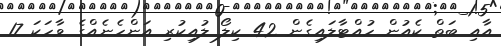
އާއި ބަތް ކެއުން ހުއްޓާލައިގެން 42 ކިލޯ ލުއިކުރި އަންހެނެއްގެ ވާހަކަ 17